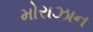
મોરાઝાન